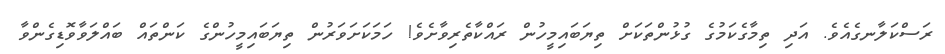
ރަސްކަލާނގެއެވެ. އަދި ތިމާގެކަމުގެ ގުޅުންތަކަށް ތިޔަބައިމީހުން ރައްކާތެރިވާށެވެ! ހަމަކަށަވަރުން ތިޔަބައިމީހުންގެ ކަންތައް ބައްލަވާވޮޑިގެންވާ